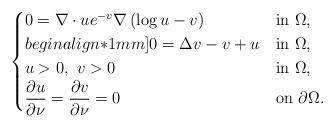
LaTeX: \begin{align*}\begin{cases}0=\nabla \cdot ue^{-v} \nabla \left(\log u - v \right)&\mathrm{in}\ \Omega, \\begin{align*}1mm]0=\Delta v -v+u&\mathrm{in}\ \Omega, \\u > 0, \ v > 0& \mathrm{in}\ \Omega, \\ \displaystyle \frac{\partial u}{\partial \nu} =\frac{\partial v}{\partial \nu} =0 & \mathrm{on}\ \partial \Omega.\end{cases}\end{align*}